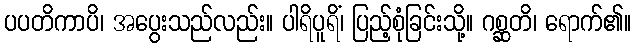
ပပတိကာပိ၊ အပွေးသည်လည်း။ ပါရိပူရိံ၊ ပြည့်စုံခြင်းသို့။ ဂစ္ဆတိ၊ ရောက်၏။